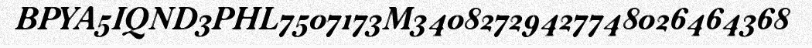
BPYA5IQND3PHL7507173M34082729427748026464368